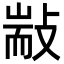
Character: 㪜